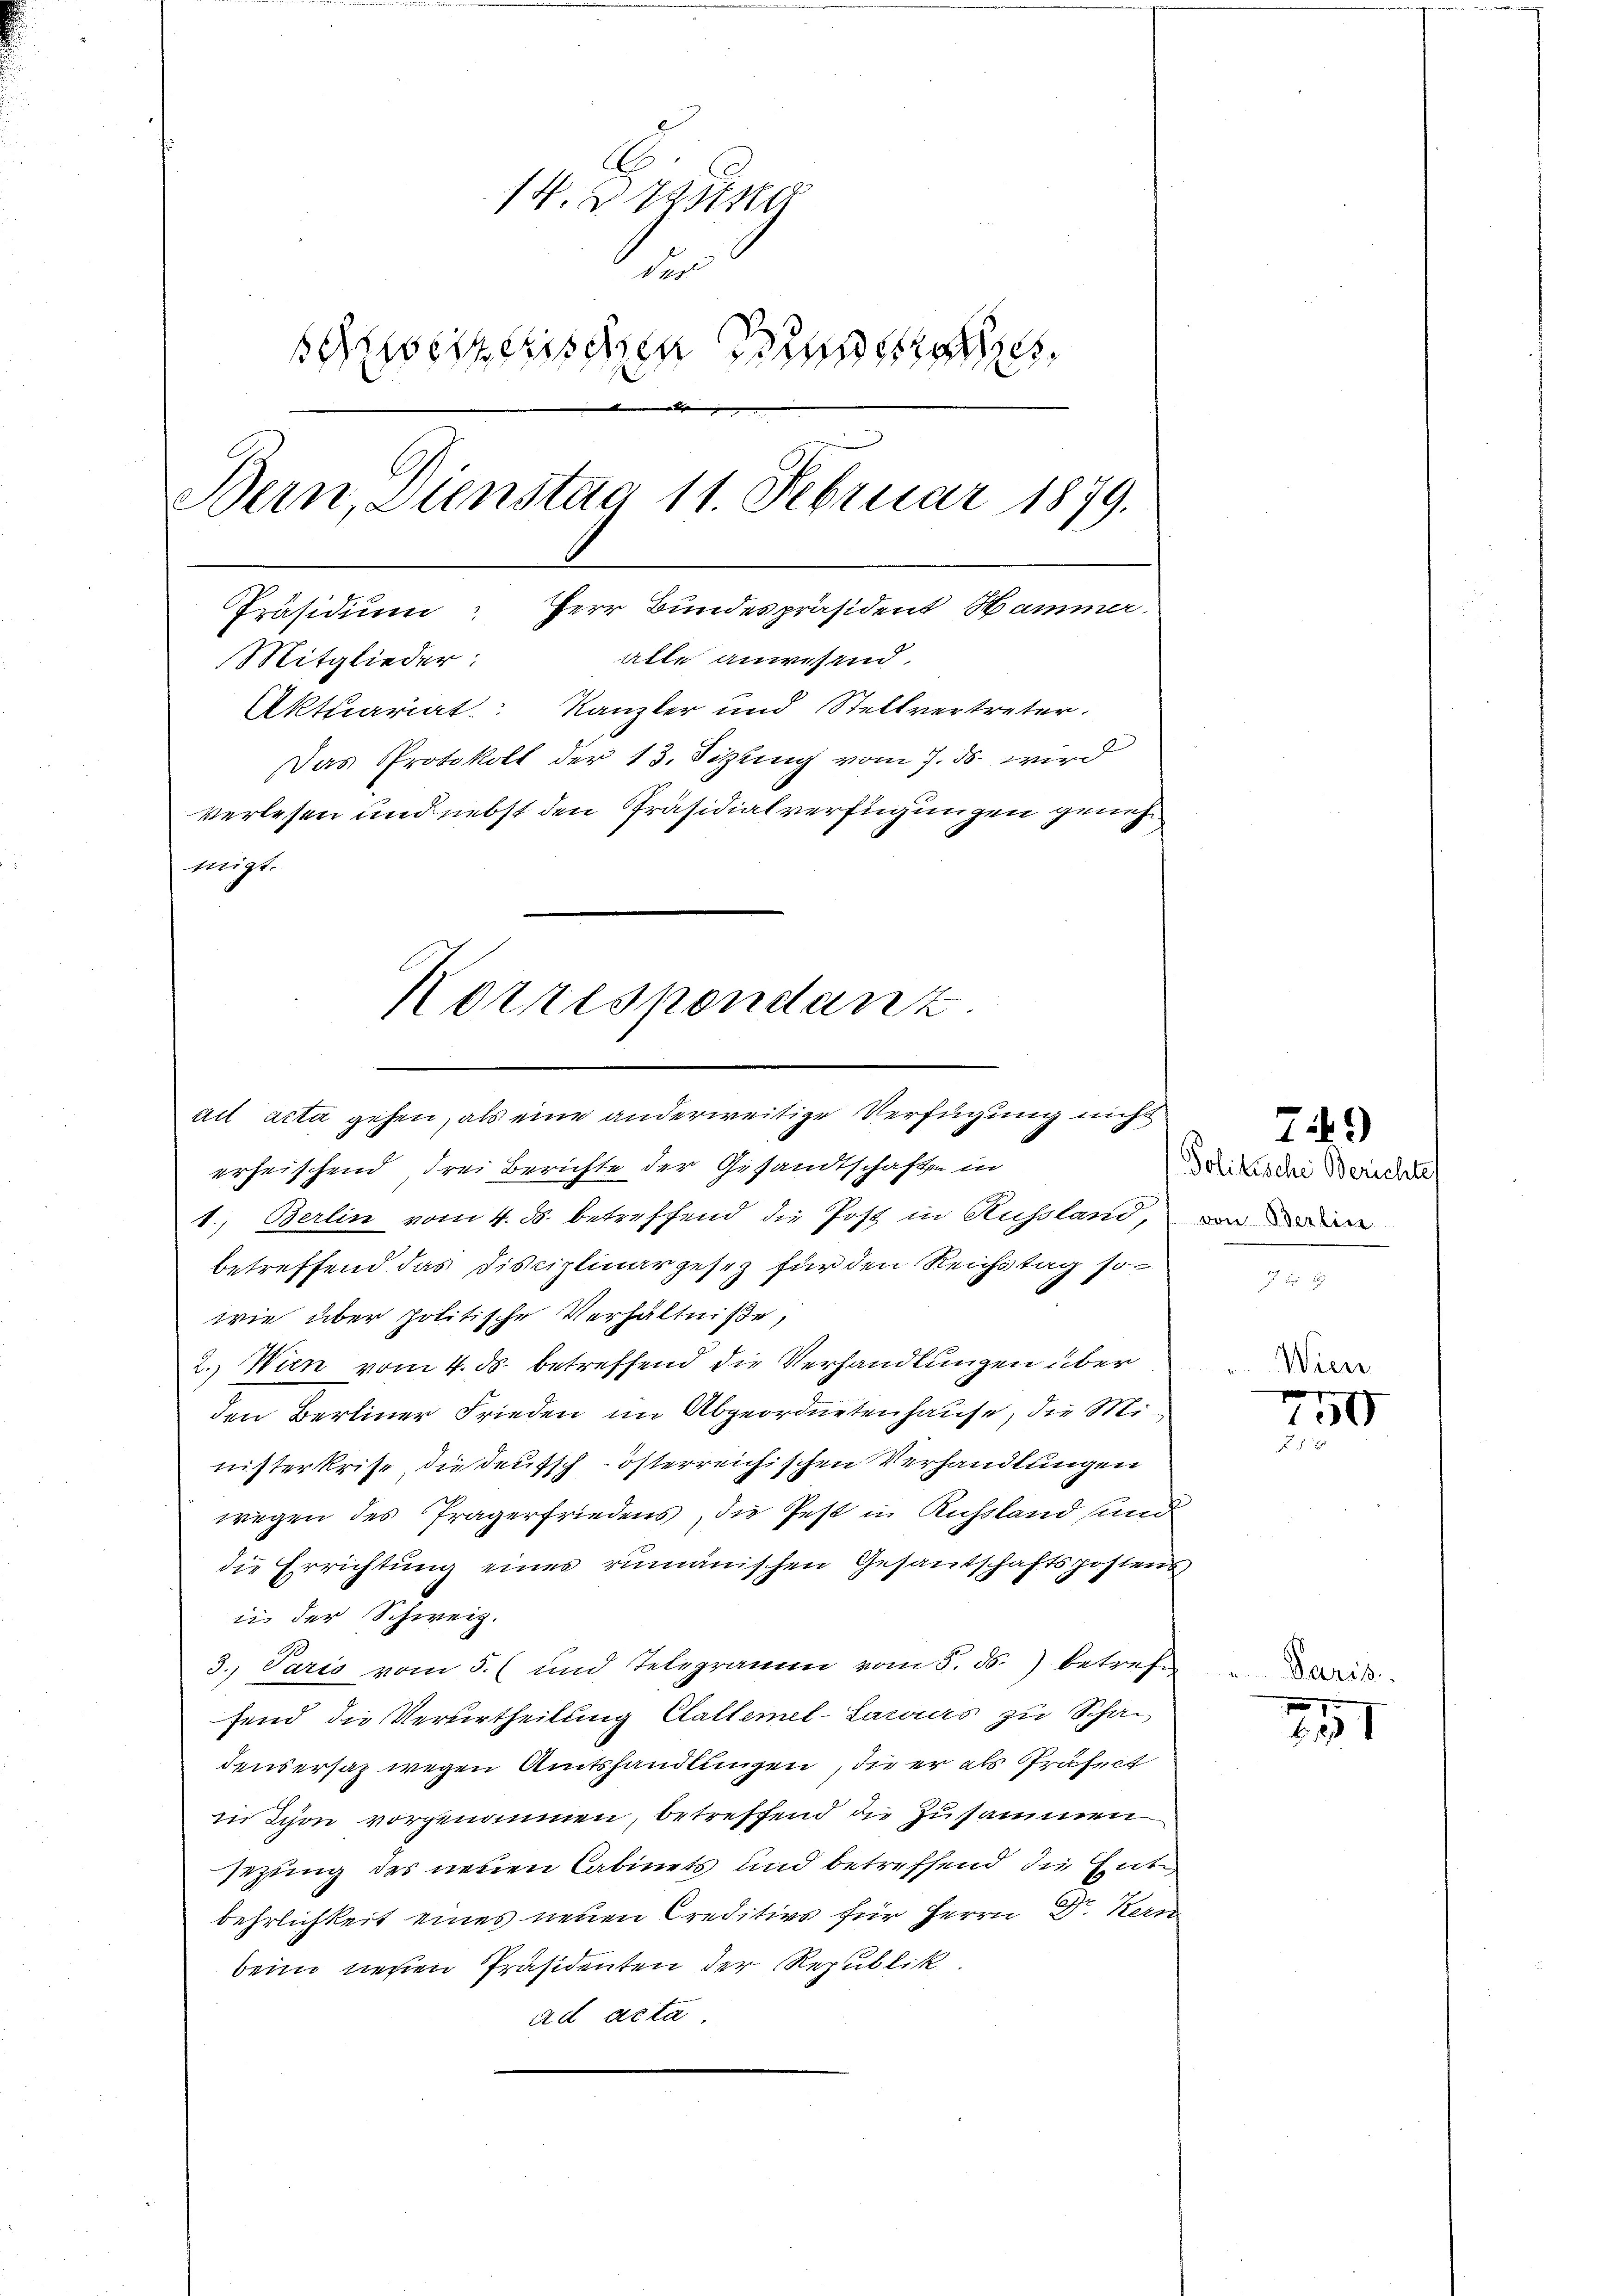
Korrespondanz.
ail acta gehen, als eine anderweitige Verfügung nicht

14. 2 Vota
r
schweizerischen Bruderse
d
Bern, Dienstag 11. Februar 1879.
Präsidium: Herr Bundespräsident Hammer.
alle anwesend.
Mitglieder:
Aktuariat Kanzler und Stellvertreter.
Das Protokoll der 13. Sitzung vom 7. ds. wird
verlesen und nebst den Präsidialverfügungen geneh
migt.

erheischend, drei Berichte der Gesandtschaften in
1.) Berlin vom 4. ds. betreffend die Post in Aussland, von der an
betreffend das Disciplinargesez für den Reichstag so
wie über politische Verhältniße,
2.) Wien vom 4. ds. betreffend die Verhandlungen über
den Berliner Frieden im Abgeordnetenhause, die Ministerkrist die deutsch-österreichischen Verhandlungen
wegen des Tragerfriedens, die Pest in Russland sind
die Errichtung eines rumänischen Gesantschaftspostens
in der Schweiz.
3. Paris vom 5. und Telegramm vom 5. ds. betreffend die Verurtheilung Clalternel-Lacaars zu Schadensersatz wegen Amtshandlungen, die er als Präfect
in Schon vorgenommen, betreffend die Zusammen
sezung des neuen Cabinets und betreffend die Entbehrlichkeit eines neuen Creditivs für Herrn Dr. Kern
beim diesen Präsidenten der Republik
ad acta,

749)

Politische Berichtes

.
130
25

Wien

Paris.

751